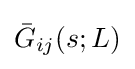
{\bar {G}}_{ij}(s;L)